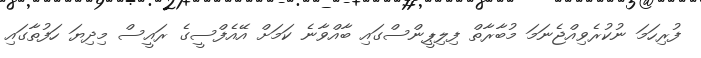
ފުރިހަމަ ނުކުރެވިއްޖެނަމަ މުބާރާތް ފިލިޕީންސްގައި ބާއްވާނެ ކަމަށް އޭއެފްސީގެ ރައީސް މިދިޔަ ހަފުތާގައި